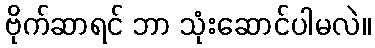
ဗိုက်ဆာရင် ဘာ သုံးဆောင်ပါမလဲ။